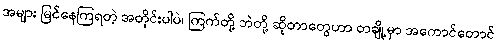
အများ မြင်နေကြရတဲ့ အတိုင်းပါပဲ၊ ကြက်တို့ ဘဲတို့ ဆိုတာတွေဟာ တချို့မှာ အကောင်တောင်